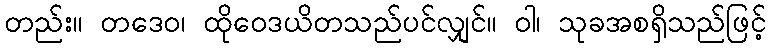
တည်း။ တဒေဝ၊ ထိုဝေဒယိတသည်ပင်လျှင်။ ဝါ၊ သုခအစရှိသည်ဖြင့်